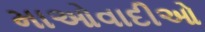
માઓવાદીઓ